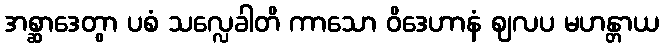
အစ္ဆာဒေတွာ ပစံ သလ္လေခါတိ ကာသော ဝိဒေဟာနံ ဈလပ မဟန္တာယ